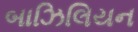
બાઝિલિયન